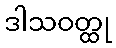
ဒါသဝတ္ထု